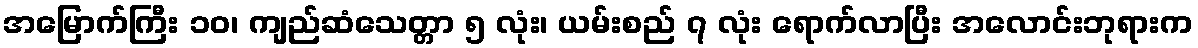
အမြောက်ကြီး ၁၀၊ ကျည်ဆံသေတ္တာ ၅ လုံး၊ ယမ်းစည် ၇ လုံး ရောက်လာပြီး အလောင်းဘုရားက